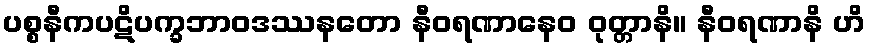
ပစ္စနီကပဋိပက္ခဘာဝဒဿနတော နီဝရဏာနေဝ ဝုတ္တာနိ။ နီဝရဏာနိ ဟိ